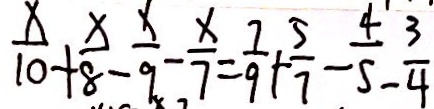
\frac { x } { 1 0 } + \frac { x } { 8 } - \frac { x } { 9 } - \frac { x } { 7 } = \frac { 7 } { 9 } + \frac { 5 } { 7 } - \frac { 4 } { 5 } - \frac { 3 } { 4 }